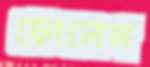
ফোলেন